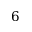
6